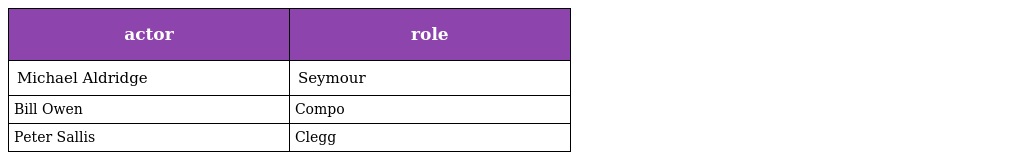
| actor | role |
 | --- | --- |
 | Michael Aldridge | Seymour |
 | Bill Owen | Compo |
 | Peter Sallis | Clegg |